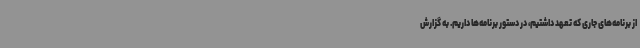
از برنامه‌های جاری که تعهد داشتیم، در دستور برنامه‌ها داریم. به گزارش